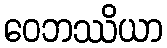
ဝေဘဿိယာ